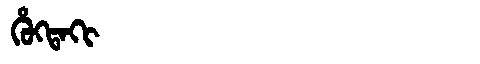
Manchu: ᡥᡠᡴᡨᠠᡴᡳ
Romanization: HUKTAKI